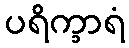
ပရိက္ခာရံ